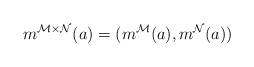
LaTeX: \begin{align*}m^{\mathcal{M}\times\mathcal{N}}(a)=(m^{\mathcal{M}}(a), m^{\mathcal{N}}(a))\end{align*}